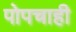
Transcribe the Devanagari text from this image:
पोपचाही